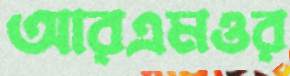
আরএমওর